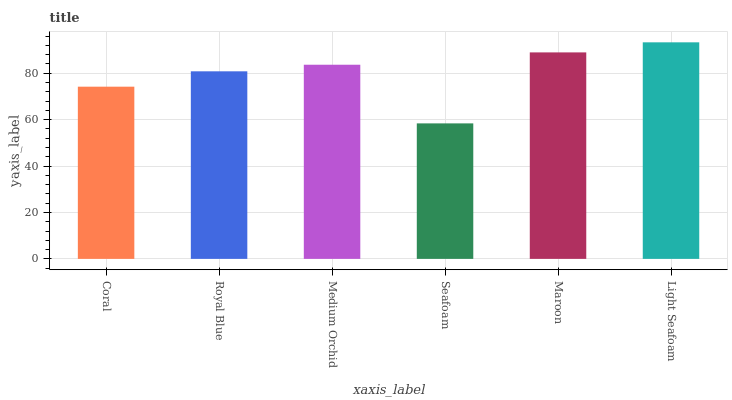
| xaxis_label | bars |
 | --- | --- |
 | Coral | 74.2 |
 | Royal Blue | 80.8 |
 | Medium Orchid | 83.7 |
 | Seafoam | 58.4 |
 | Maroon | 89 |
 | Light Seafoam | 93.3 |